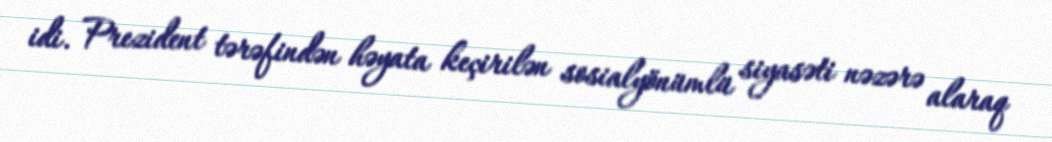
idi. Prezident tərəfindən həyata keçirilən sosialyönümlü siyasəti nəzərə alaraq